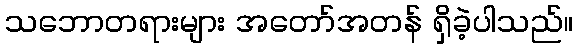
သဘောတရားများ အတော်အတန် ရှိခဲ့ပါသည်။